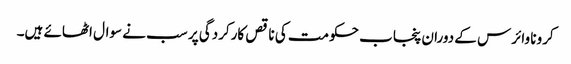
کرونا وائرس کے دوران پنجاب حکومت کی ناقص کارکردگی پر سب نے سوال اٹھائے ہیں۔